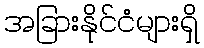
အခြားနိုင်ငံများရှိ